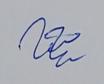
Signature authenticity: genuine